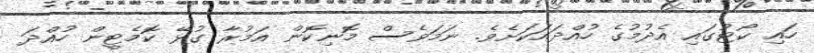
ހައި ކޯޓުގައި އެދުމުގެ ހުއްދައަކަށެވެ. ނަމަވެސް މޮނިކޮން އަމުރާ ގުޅޭ ކޮމެޓީން ހުއްދަ